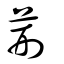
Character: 荆